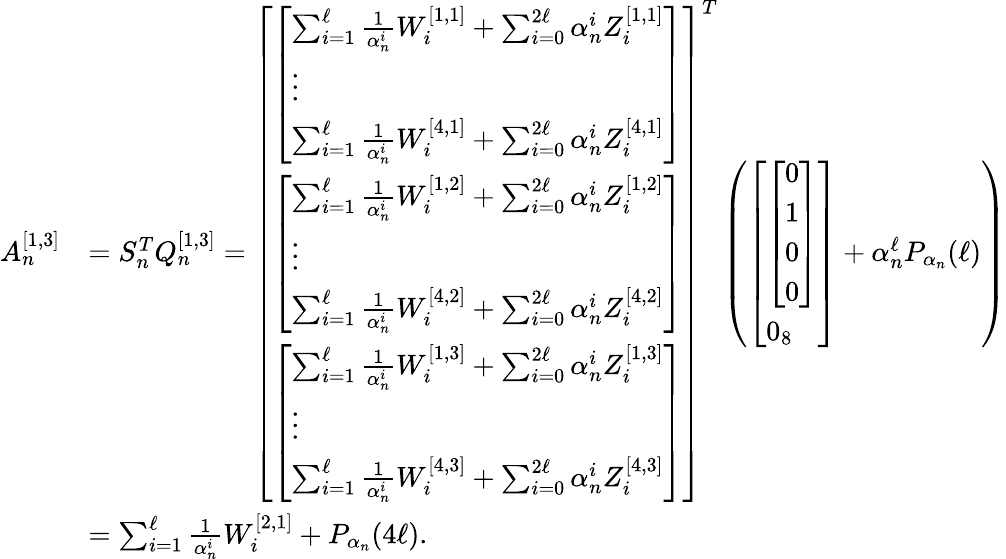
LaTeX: \begin{array}{rl}{A_{n}^{[1,3]}}&{=S_{n}^{T}Q_{n}^{[1,3]}=\left[\begin{array}{l}{\left[\begin{array}{l}{\sum_{i=1}^{\ell}\frac{1}{\alpha_{n}^{i}}W_{i}^{[1,1]}+\sum_{i=0}^{2\ell}\alpha_{n}^{i}Z_{i}^{[1,1]}}\\ {\vdots}\\ {\sum_{i=1}^{\ell}\frac{1}{\alpha_{n}^{i}}W_{i}^{[4,1]}+\sum_{i=0}^{2\ell}\alpha_{n}^{i}Z_{i}^{[4,1]}}\end{array}\right]}\\ {\left[\begin{array}{l}{\sum_{i=1}^{\ell}\frac{1}{\alpha_{n}^{i}}W_{i}^{[1,2]}+\sum_{i=0}^{2\ell}\alpha_{n}^{i}Z_{i}^{[1,2]}}\\ {\vdots}\\ {\sum_{i=1}^{\ell}\frac{1}{\alpha_{n}^{i}}W_{i}^{[4,2]}+\sum_{i=0}^{2\ell}\alpha_{n}^{i}Z_{i}^{[4,2]}}\end{array}\right]}\\ {\left[\begin{array}{l}{\sum_{i=1}^{\ell}\frac{1}{\alpha_{n}^{i}}W_{i}^{[1,3]}+\sum_{i=0}^{2\ell}\alpha_{n}^{i}Z_{i}^{[1,3]}}\\ {\vdots}\\ {\sum_{i=1}^{\ell}\frac{1}{\alpha_{n}^{i}}W_{i}^{[4,3]}+\sum_{i=0}^{2\ell}\alpha_{n}^{i}Z_{i}^{[4,3]}}\end{array}\right]}\end{array}\right]^{T}\left(\left[\begin{array}{l}{\left[\begin{array}{l}{0}\\ {1}\\ {0}\\ {0}\end{array}\right]}\\ {0_{8}}\end{array}\right]+\alpha_{n}^{\ell}P_{\alpha_{n}}(\ell)\right)}\\ &{=\sum_{i=1}^{\ell}\frac{1}{\alpha_{n}^{i}}W_{i}^{[2,1]}+P_{\alpha_{n}}(4\ell).}\end{array}